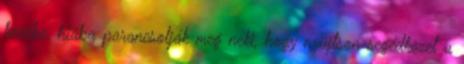
kezébe, hiába parancsolják meg neki, hogy nyújtson segédkezet a